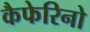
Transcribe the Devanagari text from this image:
कैफेरिनो